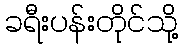
ခရီးပန်းတိုင်သို့